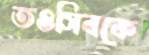
তওসিবকে